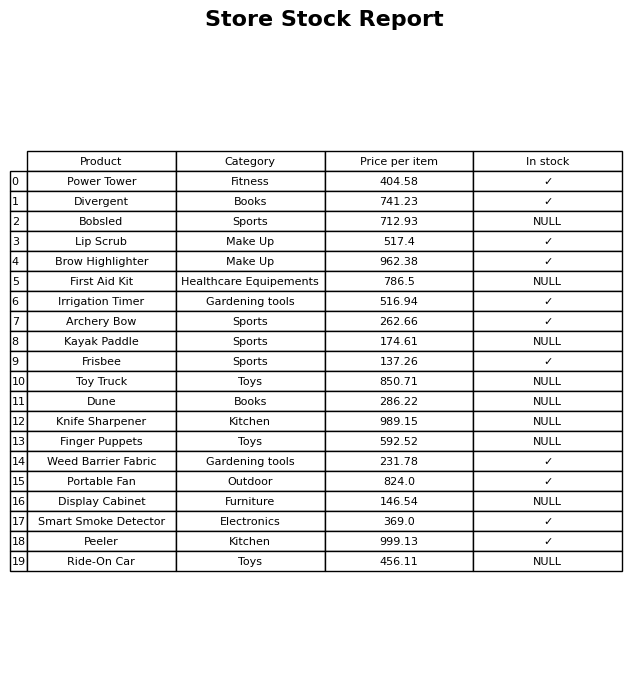
question: Is the Toy Truck in stock?
answer: NULL